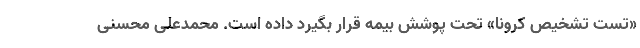
«تست تشخیص کرونا» تحت پوشش بیمه قرار بگیرد داده است. محمدعلی محسنی